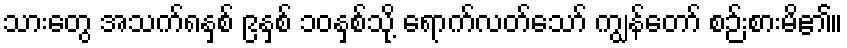
သားတွေ အသက်၈နှစ် ၉နှစ် ၁၀နှစ်သို့ ရောက်လတ်သော် ကျွန်တော် စဉ်းစားမိ၏။